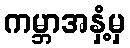
ကမ္ဘာအနှံ့မှ